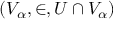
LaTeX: ( V _ { \alpha } , \in , U \cap V _ { \alpha } )